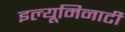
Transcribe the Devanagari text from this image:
इल्यूमिनाटी